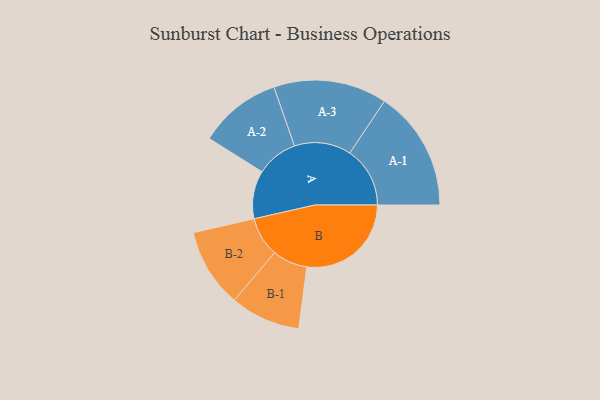
{"axis": {"x": "Segment", "y": "Value"}, "legend": ["", "A", "B"], "data": [{"x": "A", "y": 207, "type": ""}, {"x": "B", "y": 449, "type": ""}, {"x": "A-1", "y": 259, "type": "A"}, {"x": "A-2", "y": 178, "type": "A"}, {"x": "A-3", "y": 244, "type": "A"}, {"x": "B-1", "y": 151, "type": "B"}, {"x": "B-2", "y": 170, "type": "B"}]}